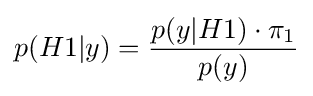
p(H1|y)={\frac {p(y|H1)\cdot \pi _{1}}{p(y)}}